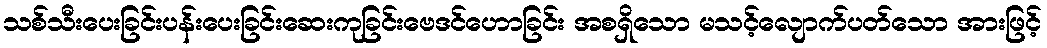
သစ်သီးပေးခြင်းပန်းပေးခြင်းဆေးကုခြင်းဗေဒင်ဟောခြင်း အစရှိသော မသင့်လျောက်ပတ်သော အားဖြင့်